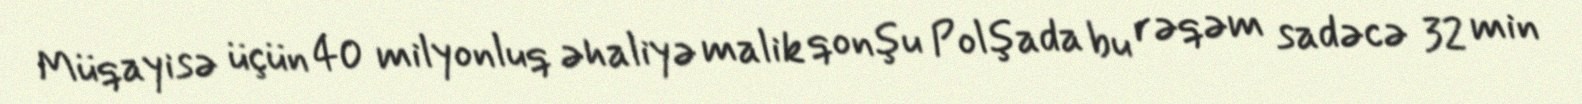
Müqayisə üçün 40 milyonluq əhaliyə malik qonşu Polşada bu rəqəm sadəcə 32 min